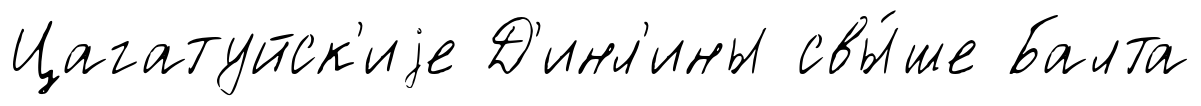
Цагатуйск'иjе Д'инл'ины свы́ше Балта